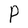
Character: P